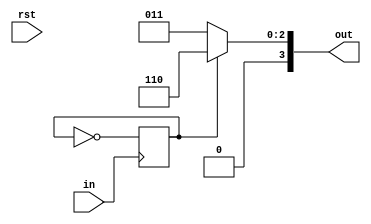
module FSM_mode(in, rst, out);
    input in;
    input rst;
    output reg [3:0]out;
    reg state;
    reg state_next; 
    
    always@* state = state_next;
    always@(posedge in) state_next <= ~state;
    
    always@*
        if (state) out = 4'b0110;
        else out = 4'b0011;
    
endmodule